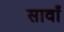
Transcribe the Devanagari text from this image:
सावाँ